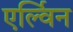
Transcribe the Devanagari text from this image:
एर्ल्विन